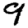
Digit: 9